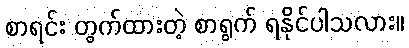
စာရင်း တွက်ထားတဲ့ စာရွက် ရနိုင်ပါသလား။